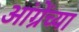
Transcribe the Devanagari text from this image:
आंग्रेंच्या